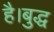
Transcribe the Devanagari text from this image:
है।बुद्ध